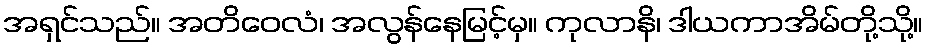
အရှင်သည်။ အတိဝေလံ၊ အလွန်နေမြင့်မှ။ ကုလာနိ၊ ဒါယကာအိမ်တို့သို့။